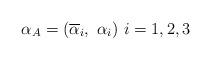
LaTeX: \begin{align*}\alpha_A = ( \overline{\alpha}_i ,\ \alpha_i ) \ i = 1, 2, 3\end{align*}